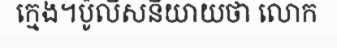
ក្មេង។ប៉ូលិសនិយាយថា លោក